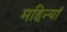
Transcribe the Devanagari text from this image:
महिन्यां